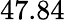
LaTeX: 47.84